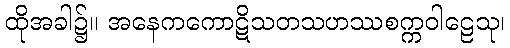
ထိုအခါ၌။ အနေကကောဋိသတသဟဿစက္ကဝါဠေသု၊